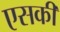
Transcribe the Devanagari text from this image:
एसकी